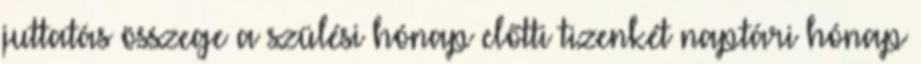
juttatás összege a szülési hónap előtti tizenkét naptári hónap